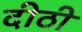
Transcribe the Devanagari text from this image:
दीठी